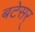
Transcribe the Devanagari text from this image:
बटेसर्